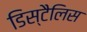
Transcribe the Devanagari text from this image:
डिस्टैलिस